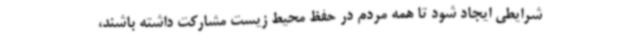
شرایطی ایجاد شود تا همه مردم در حفظ محیط زیست مشارکت داشته باشند،